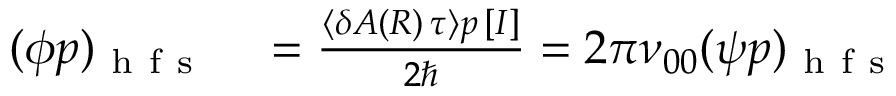
\begin{array} { r l } { ( \phi p ) _ { \mathrm { ~ h ~ f ~ s ~ } } } & { { } = \frac { \left\langle \delta A ( R ) \, \tau \right\rangle p \, [ I ] } { 2 \hbar } = 2 \pi \nu _ { 0 0 } ( \psi p ) _ { \mathrm { ~ h ~ f ~ s ~ } } } \end{array}